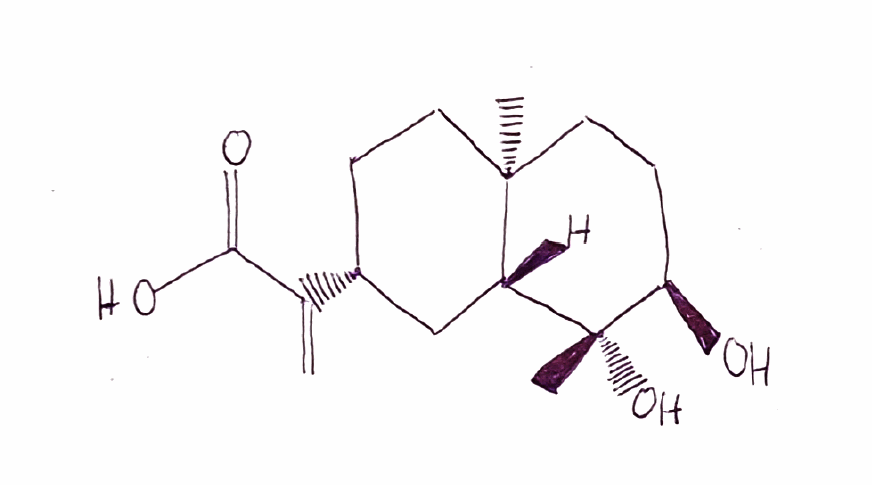
Simplified molecular-input line-entry system (SMILES) notation of the given molecule:
C[C@@]12CC[C@H](C[C@H]1[C@@]([C@@H](CC2)O)(C)O)C(=C)C(=O)O